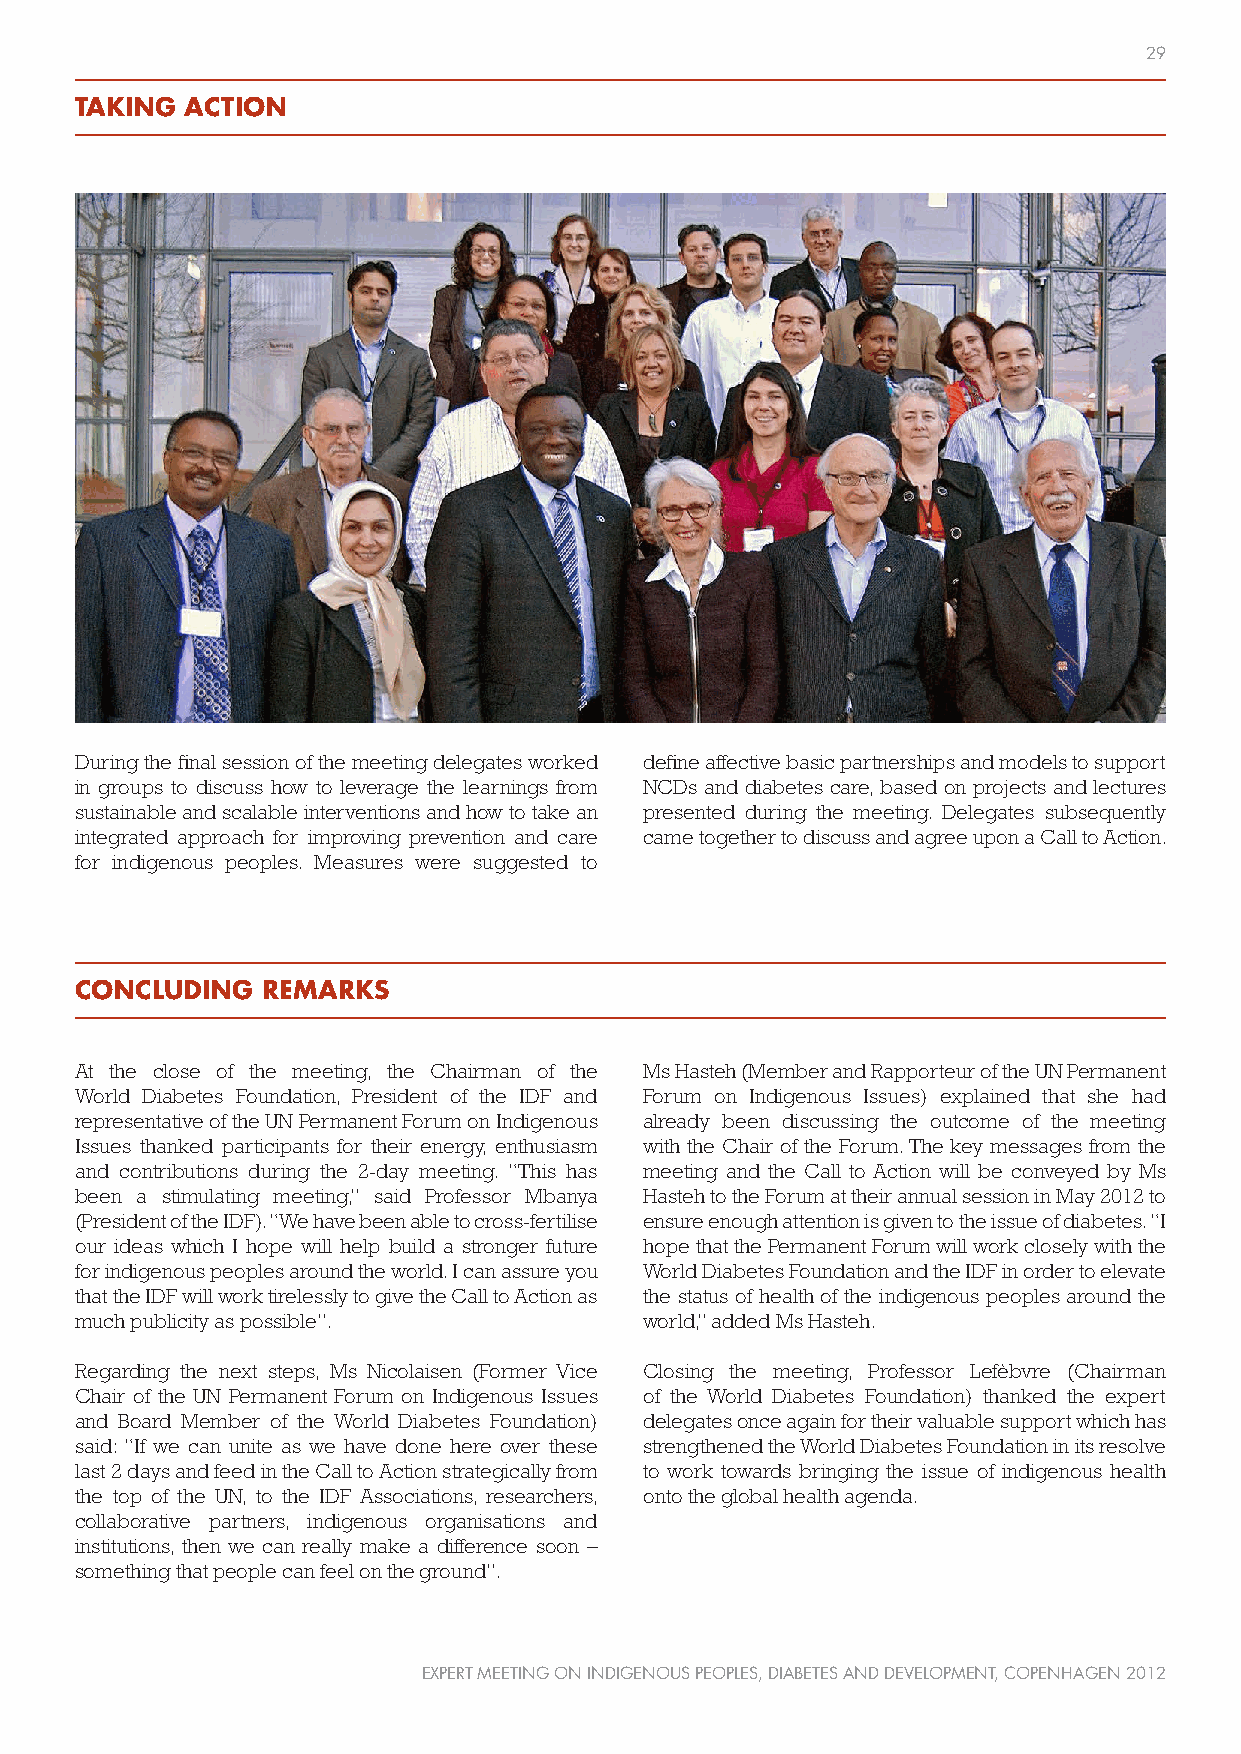
29
 TAKING ACTION
 During the final session of the meeting delegates worked define affective basic partnerships and models to support
 in groups to discuss how to leverage the learnings from NCDs and diabetes care, based on projects and lectures
 sustainable and scalable interventions and how to take an presented during the meeting. Delegates subsequently
 integrated approach for improving prevention and care came together to discuss and agree upon a Call to Action.
 for indigenous peoples. Measures were suggested to
 CONCLUDING  REMARKS
 At the close of the meeting, the Chairman of the Ms Hasteh (Member and Rapporteur of the UN Permanent
 World Diabetes Foundation, President of the IDF and Forum on Indigenous Issues) explained that she had
 representative of the UN Permanent Forum on Indigenous already been discussing the outcome of the meeting
 Issues thanked participants for their energy, enthusiasm with the Chair of the Forum. The key messages from the
 and contributions during the 2-day meeting. “This has meeting and the Call to Action will be conveyed by Ms
 been a stimulating meeting,” said Professor Mbanya Hasteh to the Forum at their annual session in May 2012 to
 (President of the IDF). “We have been able to cross-fertilise ensure enough attention is given to the issue of diabetes. “I
 our ideas which I hope will help build a stronger future hope that the Permanent Forum will work closely with the
 for indigenous peoples around the world. I can assure you World Diabetes Foundation and the IDF in order to elevate
 that the IDF will work tirelessly to give the Call to Action as the status of health of the indigenous peoples around the
 much publicity as possible”.          world,” added Ms Hasteh.
 Regarding the next steps, Ms Nicolaisen (Former Vice Closing the meeting, Professor Lefèbvre (Chairman
 Chair of the UN Permanent Forum on Indigenous Issues of the World Diabetes Foundation) thanked the expert
 and Board Member of the World Diabetes Foundation) delegates once again for their valuable support which has
 said: “If we can unite as we have done here over these strengthened the World Diabetes Foundation in its resolve
 last 2 days and feed in the Call to Action strategically from to work towards bringing the issue of indigenous health
 the top of the UN, to the IDF Associations, researchers, onto the global health agenda.
 collaborative partners, indigenous organisations and
 institutions, then we can really make a difference soon –
 something that people can feel on the ground”.
 EXPERT MEETING ON INDIGENOUS PEOPLES, DIABETES AND DEVELOPMENT, COPENHAGEN 2012